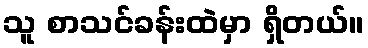
သူ စာသင်ခန်းထဲမှာ ရှိတယ်။